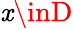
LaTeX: \mathit{x}\inD